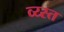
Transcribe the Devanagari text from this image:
व्य्स्त